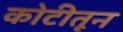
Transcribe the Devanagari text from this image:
कोटीतून